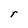
Character: r